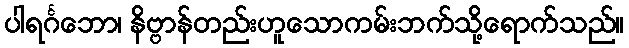
ပါရင်္ဂဘော၊ နိဗ္ဗာန်တည်းဟူသောကမ်းဘက်သို့ရောက်သည်။